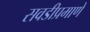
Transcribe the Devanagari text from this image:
सवडीप्रमाणे